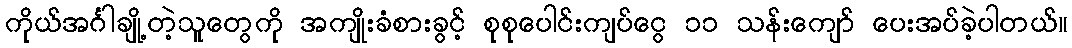
ကိုယ်အင်္ဂါချို့တဲ့သူတွေကို အကျိုးခံစားခွင့် စုစုပေါင်းကျပ်ငွေ ၁၁ သန်းကျော် ပေးအပ်ခဲ့ပါတယ်။